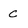
Character: c